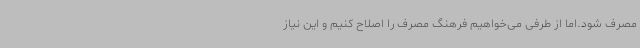
مصرف شود.اما از طرفی می‌خواهیم فرهنگ مصرف را اصلاح کنیم و این نیاز